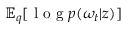
\mathbb { E } _ { q } [ \mathrm { ~ l ~ o ~ g ~ } p ( \omega _ { t } | z ) ]